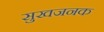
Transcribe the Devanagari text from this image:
सुखजनक